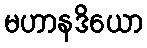
မဟာနဒိယော